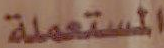
المستعملة